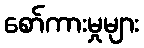
စော်ကားမှုများ